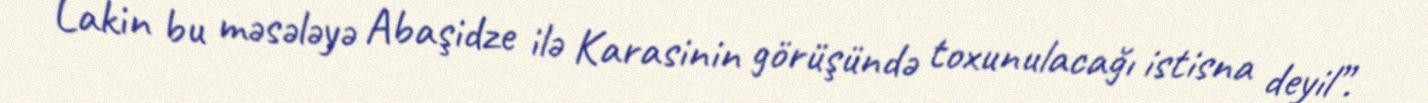
Lakin bu məsələyə Abaşidze ilə Karasinin görüşündə toxunulacağı istisna deyil”.